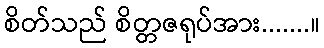
စိတ်သည် စိတ္တဇရုပ်အား.......။